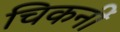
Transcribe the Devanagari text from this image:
चिकनीं